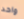
واحد